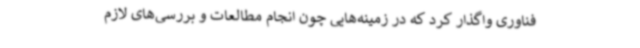
فناوری واگذار کرد که در زمینه‌هایی چون انجام مطالعات و بررسی‌های لازم